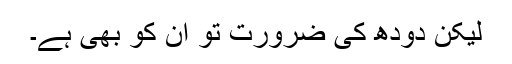
لیکن دودھ کی ضرورت تو ان کو بھی ہے۔